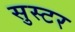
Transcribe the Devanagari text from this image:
सुस्टर